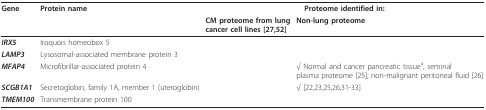
| Gene | Protein name | <COLSPAN=2> Proteome identified in: |
 |  |  | CM proteome from lung cancer cell lines [27,52] | Non-lung proteome |
 | --- | --- | --- | --- |
 | IRX5 | Iroquois homeobox 5 |  |  |
 | LAMP3 | Lysosomal-associated membrane protein 3 |  |  |
 | MFAP4 | Microfibrillar-associated protein 4 |  | √ Normal and cancer pancreatic tissuea, seminal plasma proteome [25]; non-malignant peritoneal fluid [26] |
 | SCGB1A1 | Secretoglobin, family 1A, member 1 (uteroglobin) |  | √ [22,23,25,26,31-33] |
 | TMEM100 | Transmembrane protein 100 |  |  |